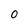
Character: 0